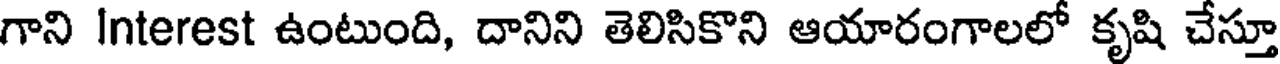
గాని Interest ఉంటుంది, దానిని తెలిసికొని ఆయారంగాలలో కృషి చేస్తూ